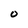
Character: 0